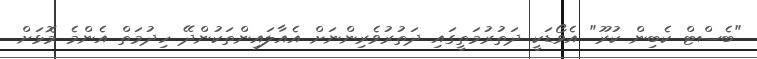
"ބެސްޓް ކެބިން ކުރޫ" އެވޯޑަކީ ދަތުރުމަތީގައި ދަތުރުވެރިންނަށް އެއާލައިންތަކުންދޭ ހިދުމަތް އެންމެ މޮޅަށް